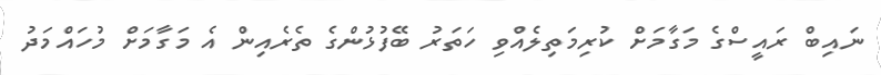
ނައިބް ރައީސްގެ މަގާމަށް ކުރިމަތިލެއްވި ހަތަރު ބޭފުޅުންގެ ތެރެއިން އެ މަގާމަށް މުހައްމަދު